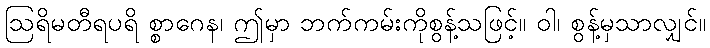
ဩရိမတီရပရိ စ္စာဂေန၊ ဤမှာ ဘက်ကမ်းကိုစွန့်သဖြင့်။ ဝါ၊ စွန့်မှသာလျှင်။